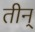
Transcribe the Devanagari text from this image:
तीन्